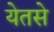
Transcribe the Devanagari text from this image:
येतसे